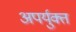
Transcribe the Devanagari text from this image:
अपर्युक्त